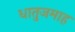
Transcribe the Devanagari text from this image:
धातुजमाह